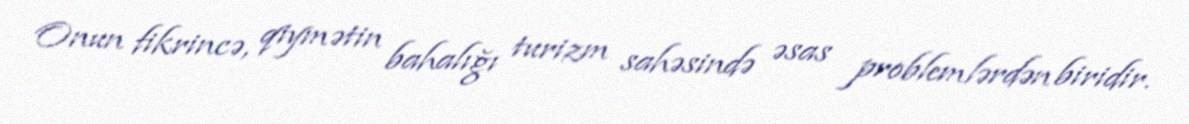
Onun fikrincə, qiymətin bahalığı turizm sahəsində əsas problemlərdən biridir.